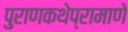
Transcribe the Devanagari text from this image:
पुराणकथेप्रामाणे